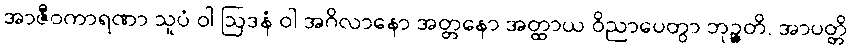
အာဇီဝကာရဏာ သူပံ ဝါ ဩဒနံ ဝါ အဂိလာနော အတ္တနော အတ္ထာယ ဝိညာပေတွာ ဘုဉ္ဇတိ, အာပတ္တိ